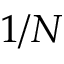
1 / N